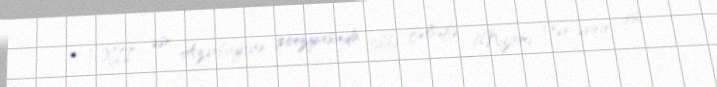
33) XII əsr Azərbaycan poeziyasında tibbi fəlsəfə (Nizami Gəncəvinin irsi